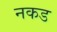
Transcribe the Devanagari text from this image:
नकड